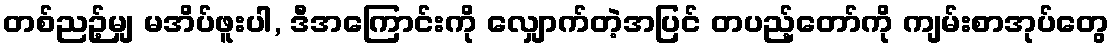
တစ်ညဉ့်မျှ မအိပ်ဖူးပါ, ဒီအကြောင်းကို လျှောက်တဲ့အပြင် တပည့်တော်ကို ကျမ်းစာအုပ်တွေ